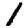
Digit: 1